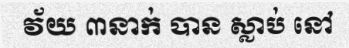
វ័យ ៣នាក់ បាន ស្លាប់ នៅ